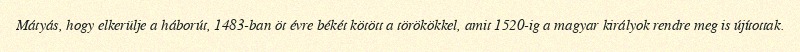
Mátyás, hogy elkerülje a háborút, 1483-ban öt évre békét kötött a törökökkel, amit 1520-ig a magyar királyok rendre meg is újítottak.